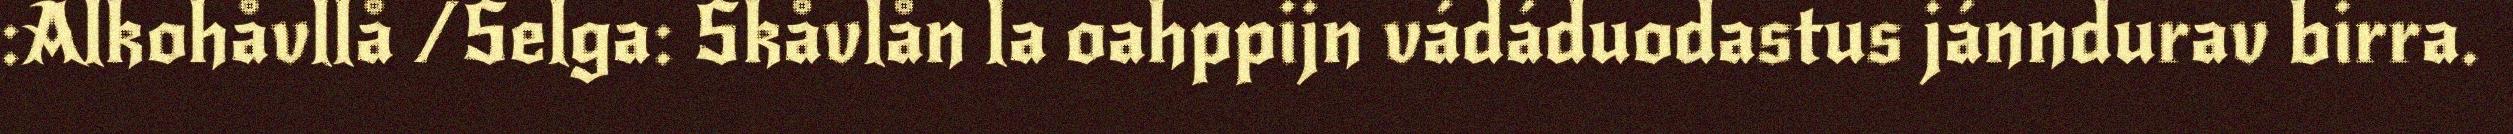
:Alkohåvllå /Selga: Skåvlån la oahppijn vádáduodastus jánndurav birra.